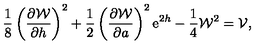
\frac { 1 } { 8 } \left( \frac { \partial { \cal W } } { \partial h } \right) ^ { 2 } + \frac { 1 } { 2 } \left( \frac { \partial { \cal W } } { \partial a } \right) ^ { 2 } \mathrm { e } ^ { 2 h } - \frac { 1 } { 4 } { \cal W } ^ { 2 } = { \cal V } ,